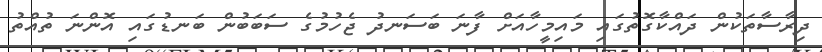
ދިރާސާތަކުން ދައްކާގޮތުގައި މައިމީހާއަށް ފާނަ ބަސަނދު ޖެހުމުގެ ސަބަބުން ބަނޑުގައި އޮންނަ ތުއްތު